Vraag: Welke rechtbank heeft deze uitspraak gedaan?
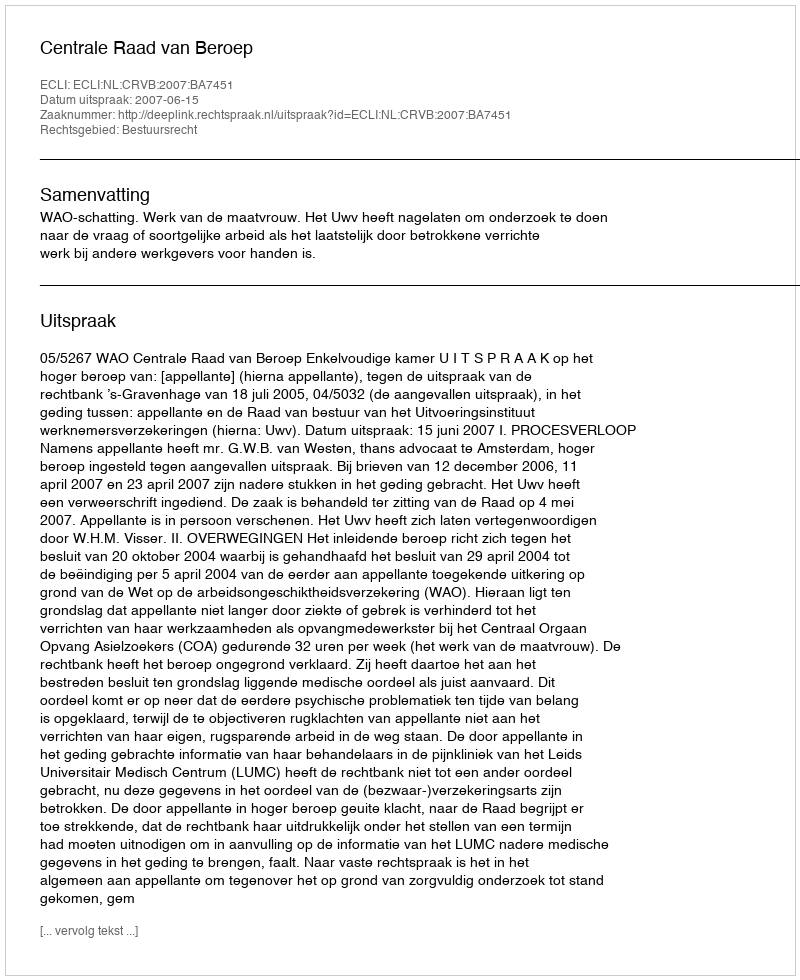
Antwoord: Centrale Raad van Beroep